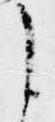
に